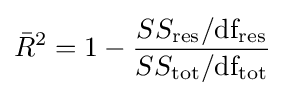
{\bar {R}}^{2}={1-{SS_{\text{res}}/{\text{df}}_{\text{res}} \over SS_{\text{tot}}/{\text{df}}_{\text{tot}}}}